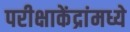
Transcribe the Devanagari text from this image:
परीक्षाकेंद्रांमध्ये